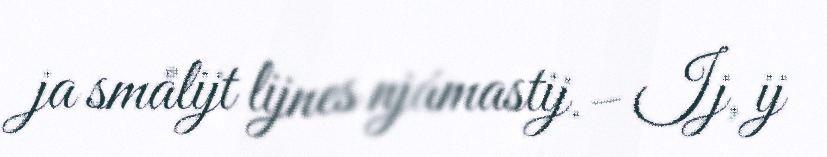
ja smålijt lijnes njámastij.– Ij, ij